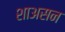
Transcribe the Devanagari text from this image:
शाअसन